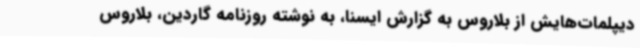
دیپلمات‌هایش از بلاروس به گزارش ایسنا، به نوشته روزنامه گاردین، بلاروس